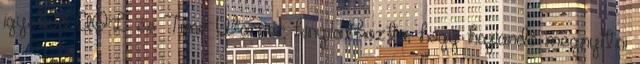
igyekvő AOL és Time Warner kinyilatkozta, hogy hajlandó megnyitni